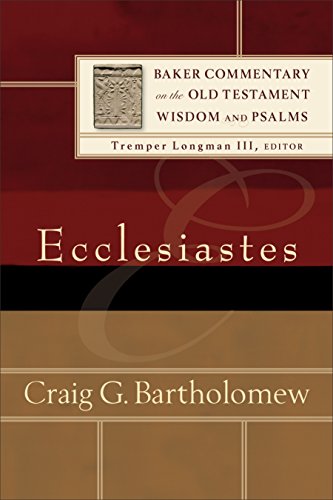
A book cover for Ecclesiastes (Baker Commentary on the Old Testament Wisdom and Psalms); Craig G. Bartholomew; Christian Books & Bibles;